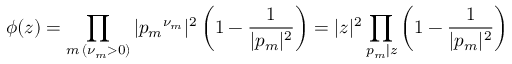
\phi ( z ) = \prod _ { m \, ( \nu _ { m } > 0 ) } | { p _ { m } } ^ { \nu _ { m } } | ^ { 2 } \left( 1 - { \frac { 1 } { | p _ { m } | ^ { 2 } } } \right) = | z | ^ { 2 } \prod _ { p _ { m } | z } \left( 1 - { \frac { 1 } { | p _ { m } | ^ { 2 } } } \right)